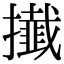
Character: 㩥